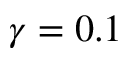
\gamma = 0 . 1